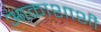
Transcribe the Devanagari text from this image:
आकाशाशी